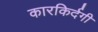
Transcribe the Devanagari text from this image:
कारकिर्दगी